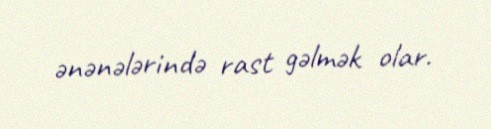
ənənələrində rast gəlmək olar.